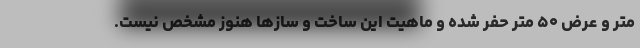
متر و عرض ۵۰ متر حفر شده و ماهیت این ساخت و سازها هنوز مشخص نیست.